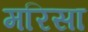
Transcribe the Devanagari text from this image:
मरिसा